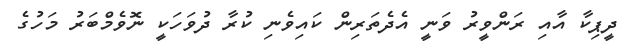
ދީޕިކާ އާއި ރަންވީރު ވަނީ އެދެތަރިން ކައިވެނި ކުރާ ދުވަހަކީ ނޮވެމްބަރު މަހުގެ